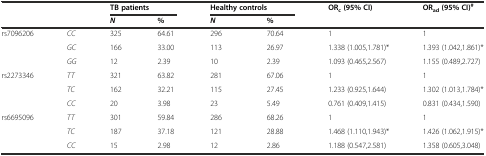
<table><thead><tr><td rowspan="2"></td><td rowspan="2"></td><td colspan="2"><b>TB patients</b></td><td colspan="2"><b>Healthy controls</b></td><td rowspan="2"><b>OR<sub>c</sub>(95% CI)</b></td><td rowspan="2"><b>OR<sub>ad</sub>(95% CI)<sup>#</sup></b></td></tr><tr><td><b><i>N</i></b></td><td><b>%</b></td><td><b><i>N</i></b></td><td><b>%</b></td></tr></thead><tbody><tr><td>rs7096206</td><td><i>CC</i></td><td>325</td><td>64.61</td><td>296</td><td>70.64</td><td>1</td><td>1</td></tr><tr><td></td><td><i>GC</i></td><td>166</td><td>33.00</td><td>113</td><td>26.97</td><td>1.338 (1.005,1.781)*</td><td>1.393 (1.042,1.861)*</td></tr><tr><td></td><td><i>GG</i></td><td>12</td><td>2.39</td><td>10</td><td>2.39</td><td>1.093 (0.465,2.567)</td><td>1.155 (0.489,2.727)</td></tr><tr><td>rs2273346</td><td><i>TT</i></td><td>321</td><td>63.82</td><td>281</td><td>67.06</td><td>1</td><td>1</td></tr><tr><td></td><td><i>TC</i></td><td>162</td><td>32.21</td><td>115</td><td>27.45</td><td>1.233 (0.925,1.644)</td><td>1.302 (1.013,1.784)*</td></tr><tr><td></td><td><i>CC</i></td><td>20</td><td>3.98</td><td>23</td><td>5.49</td><td>0.761 (0.409,1.415)</td><td>0.831 (0.434,1.590)</td></tr><tr><td>rs6695096</td><td><i>TT</i></td><td>301</td><td>59.84</td><td>286</td><td>68.26</td><td>1</td><td>1</td></tr><tr><td></td><td><i>TC</i></td><td>187</td><td>37.18</td><td>121</td><td>28.88</td><td>1.468 (1.110,1.943)*</td><td>1.426 (1.062,1.915)*</td></tr><tr><td></td><td><i>CC</i></td><td>15</td><td>2.98</td><td>12</td><td>2.86</td><td>1.188 (0.547,2.581)</td><td>1.358 (0.605,3.048)</td></tr></tbody></table>